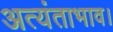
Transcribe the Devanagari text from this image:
अत्यंताभाव।